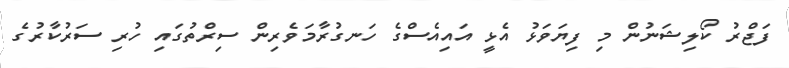
ފަޖްރު ކޯލިޝަނުން މި ފިޔަވަޅު އެޅީ އައިއެސްގެ ހަނގުރާމަވެރިން ސިރްތުގައި ހުރި ސަރުކާރުގެ